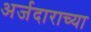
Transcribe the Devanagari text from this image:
अर्जदाराच्या